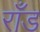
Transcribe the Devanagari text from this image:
राँड